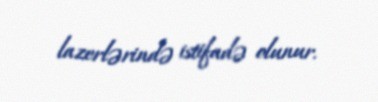
lazerlərində istifadə olunur.